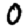
Digit: 0